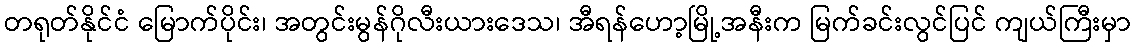
တရုတ်နိုင်ငံ မြောက်ပိုင်း၊ အတွင်းမွန်ဂိုလီးယားဒေသ၊ အီရန်ဟော့မြို့အနီးက မြက်ခင်းလွင်ပြင် ကျယ်ကြီးမှာ